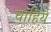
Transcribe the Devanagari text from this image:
चाहिये